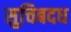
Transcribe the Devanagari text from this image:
सुचिबदध